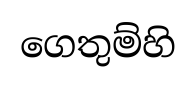
ගෙතුම්හි